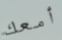
أمعك